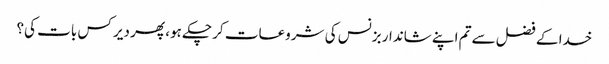
خدا کے فضل سے تم اپنے شاندار بزنس کی شروعات کر چکے ہو، پھر دیر کس بات کی؟